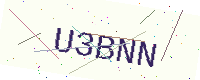
Text: U3BNN